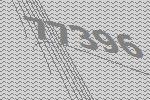
77396